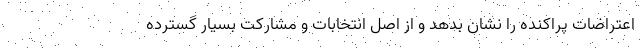
اعتراضات پراکنده را نشان بدهد و از اصل انتخابات و مشارکت بسیار گسترده